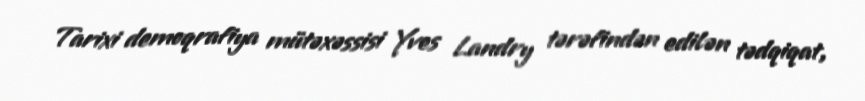
Tarixi demoqrafiya mütəxəssisi Yves Landry tərəfindən edilən tədqiqat,